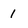
Character: 1